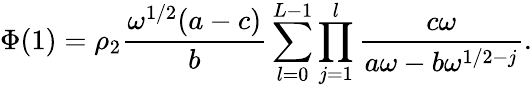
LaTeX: \Phi(1)=\rho_{2}\frac{\omega^{1/2}(a-c)}{b}\sum_{l=0}^{L-1}\prod_{j=1}^{l}\frac{c\omega}{a\omega-b\omega^{1/2-j}}.